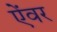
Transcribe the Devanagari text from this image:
ऐंवर